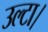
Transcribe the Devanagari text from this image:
उल्टा।